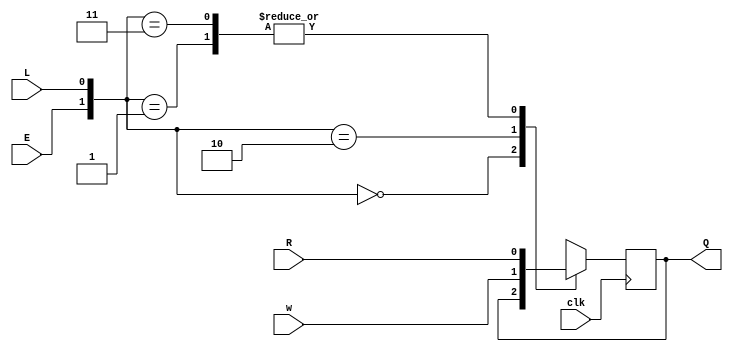
module top_module (
    input clk,
    input w, R, E, L,
    output Q
);
    wire [1:0]w12;
    assign w12 = {E,L};
    always @(posedge clk)begin
        case(w12)
            2'b00 : Q <= Q;
            2'b01 : Q <= R;
            2'b10 : Q <= w;
            2'b11 : Q <= R;
        endcase
    end
endmodule